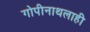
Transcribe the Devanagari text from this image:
गोपीनाथलाही